Report on sanitation, dispensaries, and jails in Rajputana for 1920, and on vaccination for the year 1920-1921 - 1920-1921
Year: 1920
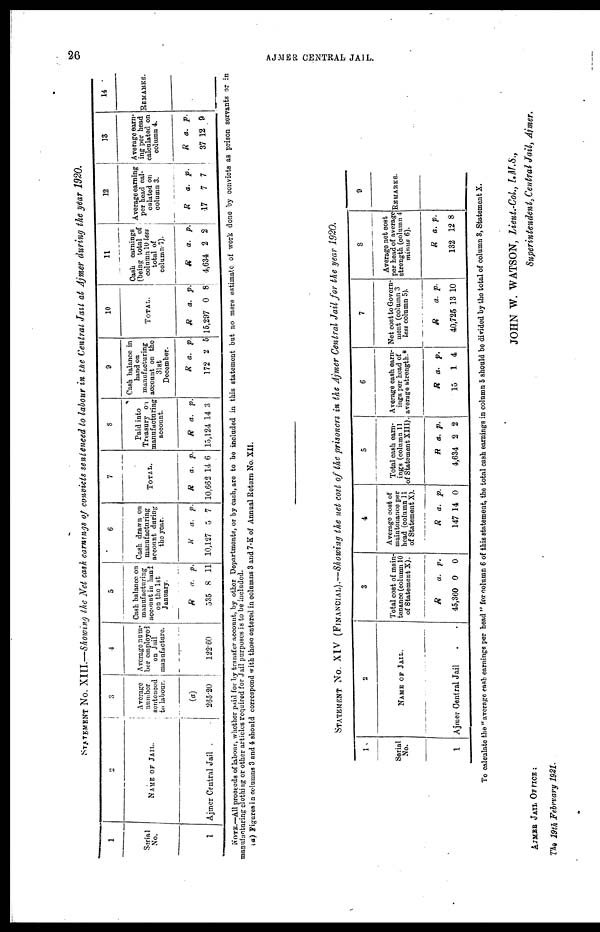
26
AJMER CENTRAL JAIL.
STATEMENT No. XIII.—Showing the Net cash earnings of convicts sentenced to labour in the Central Jail at Ajmer during the year 1920.
1
Serial
No.
1
2
NAME OF JAIL.
Ajmer Central Jail
3
Average
number
sentenced
to labour.
(a)
265.20
4
Average num-
ber employed
on Jail
manufacture.
122.60
5
Cash balance on
manufacturing
account in hand
on the 1st
January.
R
535
a.
8
p.
11
6
Cash drawn on
manufacturing
account during
the year.
R
10,127
a.
5
p.
7
7
TOTAL.
R
10,662
a.
14
p.
6
8
Paid into
Treasury on
manufacturing
account.
R
15,124
a.
14
p.
3
9
Cash balance in
hand on
manufacturing
account on the
31st
December.
R
172
a.
2
p.
5
10
TOTAL.
R
15,297
a.
0
p.
8
11
Cash earnings
(being total of
column 10 less
total of
column 7).
R
4,634
a.
2
p.
2
12
Average earning
per head cal-
caluted on
column 3.
R
17
a.
7
p.
7
13
Average earn-
ing per head
calculated on
column 4.
R
37
a.
12
p.
9
14
REMARKS.
NOTE.—All proceeds of labour, whether paid for by transfer account, by other Departments, or by cash, are to be included in this statement but no mere estimate of work done by convicts as prison servants or in
manufacturing clothing or other articles required for Jail purposes is to be included.
(a) Figures in columns 3 and 4 should correspond with those entered in columns 3 and 7-K of Annual Return No. XII.
STATEMENT No. XIV (FINANCIAL).—Showing the net cost of the prisoners in the Ajmer Central Jail for the year 1920.
1
Serial
No.
1
2
NAME OF JAIL.
Ajmer Central Jail . .
3
Total cost of main-
tenance (column 10
of Statement X).
R
45,360
a.
0
p.
0
4
Average cost of
maintenance per
head (column 11
of Statement X).
R
147
a.
14
p.
0
5
Total cash earn-
ings (column 11
of Statement XIII).
R
4,634
a.
2
p.
2
6
Average cash earn-
ings per head of
average strength.*
R
15
a.
1
p.
4
7
Net cost to Govern-
ment (column 3
less column 5).
R
40,725
a.
13
p.
10
8
Average not cost
per head of average
strength (column 4
minus 6).
R
132
a.
12
p.
8
9
REMARKS.
To calculate the " average cash earnings per head " for column 6 of this statement, the total cash earnings in column 5 should be divided by the total of column 3, Statement X.
AJMER JAIL, OFFICE:
The 19th February 1921.
JOHN W. WATSON, Lieut.-Col., I.M.S.,
Superintendent, Central Jail, Ajmer.